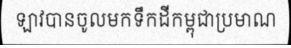
ឡាវបានចូលមកទឹកដីកម្ពុជាប្រមាណ